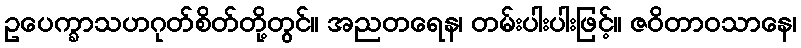
ဥပေက္ခာသဟဂုတ်စိတ်တို့တွင်။ အညတရေန၊ တမ်းပါးပါးဖြင့်။ ဇဝိတာဝသာနေ၊